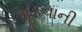
મૂકવાની